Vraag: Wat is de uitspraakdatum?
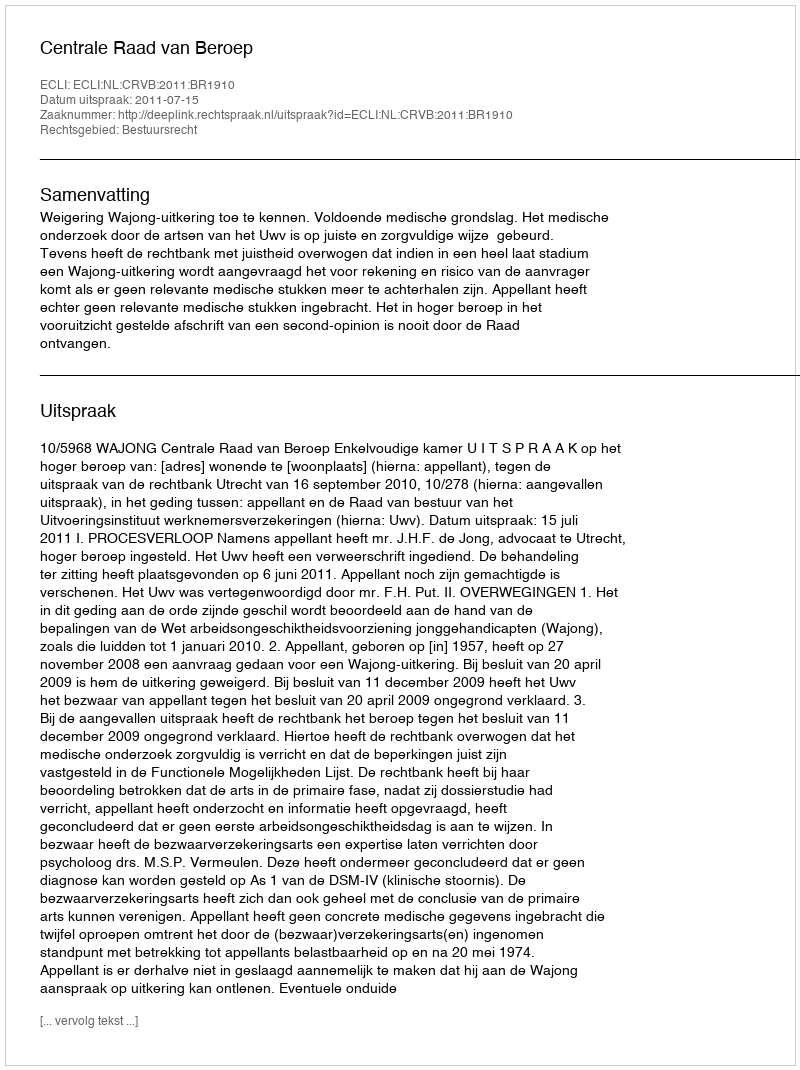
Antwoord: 2011-07-15